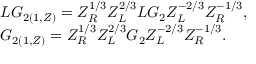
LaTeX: \begin{array} { l } { { L G _ { 2 ( 1 , Z ) } = Z _ { R } ^ { 1 / 3 } Z _ { L } ^ { 2 / 3 } L G _ { 2 } Z _ { L } ^ { - 2 / 3 } Z _ { R } ^ { - 1 / 3 } , } } \\ { { G _ { 2 ( 1 , Z ) } = Z _ { R } ^ { 1 / 3 } Z _ { L } ^ { 2 / 3 } G _ { 2 } Z _ { L } ^ { - 2 / 3 } Z _ { R } ^ { - 1 / 3 } . } } \end{array}